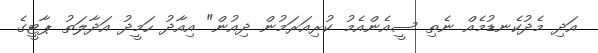
އަދި މެދުކެނޑުމެއް ނެތި ސީއެންއެމު ކުރިއަރަމުން ދިއުން" އިއާދު ހަމީދު އަދާލަތު ޕާޓީގެ